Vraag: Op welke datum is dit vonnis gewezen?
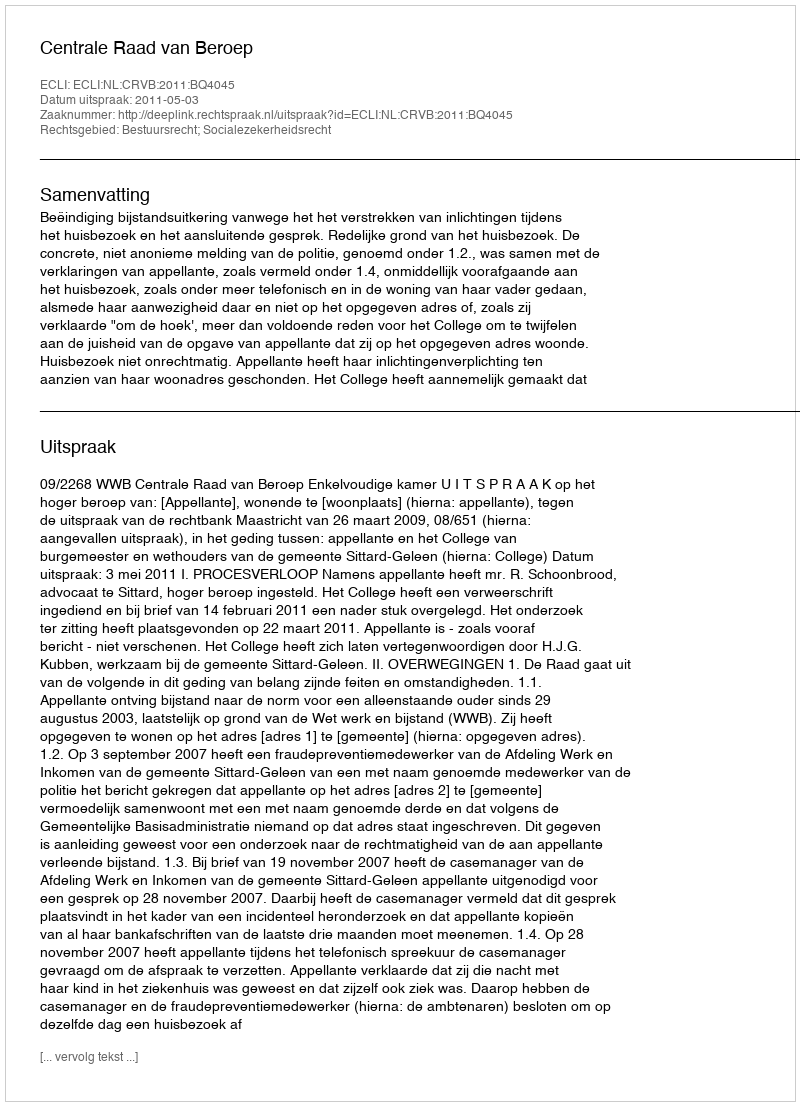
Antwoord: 2011-05-03